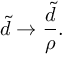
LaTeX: \widetilde { d } \rightarrow \frac { \widetilde { d } } { \rho } .